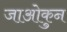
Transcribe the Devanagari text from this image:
जाओकुन